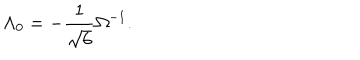
\Lambda _ { 0 } = - \frac { 1 } { \sqrt { 6 } } \Omega ^ { - 1 } .